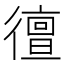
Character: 㣶